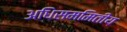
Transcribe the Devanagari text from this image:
अधिसममितीय